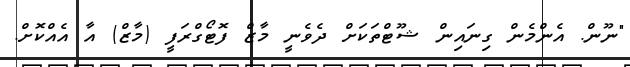
"ނޫން. އެންމެން ގިނައިން ޝޫޓްތަކަށް ދެވެނީ މާޒް ފޮޓޯގްރަފީ (މާޒް) އާ އެއްކޮށް.